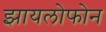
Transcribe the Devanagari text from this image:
झायलोफोन